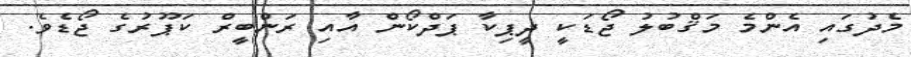
މެދުގައި އެންމެ މަޤްބުލު ޖޯޑަކީ ދީޕިކާ ޕަދްކޯން އާއި ރަންބީރް ކަޕޫރުގެ ޖޯޑެވެ.